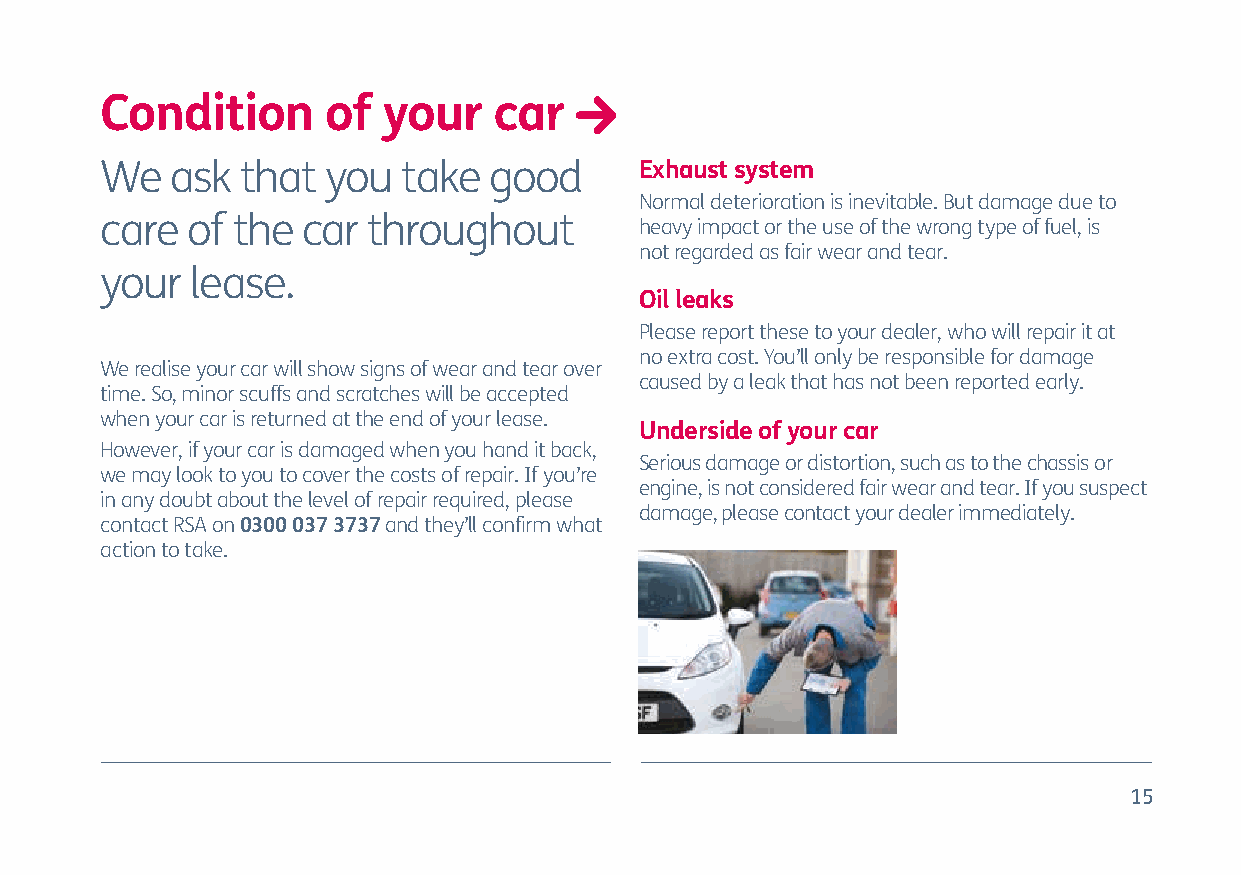
Condition      of your    car
 We  ask  that  you  take good      Exhaust system
 Normal deterioration is inevitable. But damage due to
 care of the  car throughout        heavy impact or the use of the wrong type of fuel, is
 not regarded as fair wear and tear.
 your  lease.
 Oil leaks
 Please report these to your dealer, who will repair it at
 no extra cost. You’ll only be responsible for damage
 We realise your car will show signs of wear and tear over
 caused by a leak that has not been reported early.
 time. So, minor scuffs and scratches will be accepted
 when your car is returned at the end of your lease.
 Underside of your car
 However, if your car is damaged when you hand it back,
 Serious damage or distortion, such as to the chassis or
 we may look to you to cover the costs of repair. If you’re
 engine, is not considered fair wear and tear. If you suspect
 in any doubt about the level of repair required, please
 damage, please contact your dealer immediately.
 contact RSA on 0300 037 3737 and they’ll confirm what
 action to take.
 15